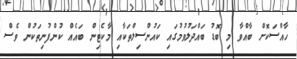
ހާއްސަކޮށް ބާއްވާ މި ބޮޑު ބައްދަލުވުމުގައި ކައުންސިލްތަކާއި މާކެޓިން ބައެއް ކުންފުނިތަކުން ވެސް